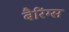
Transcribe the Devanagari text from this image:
बैरिंग्स